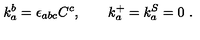
k _ { a } ^ { b } = \epsilon _ { a b c } C ^ { c } , \qquad k _ { a } ^ { + } = k _ { a } ^ { S } = 0 \ .